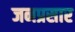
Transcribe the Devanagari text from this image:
जनप्रसार